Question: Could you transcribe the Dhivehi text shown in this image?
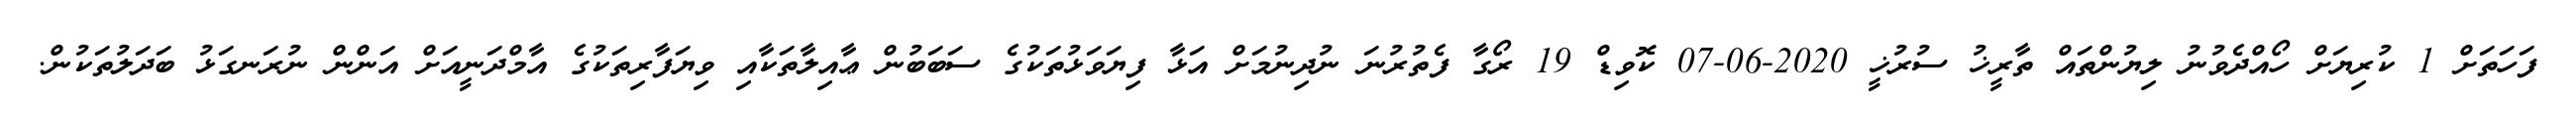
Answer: ފަހަތަށް 1 ކުރިޔަށް ހޯއްދެވުނު ލިޔުންތައް ތާރީޚު ސުރުޚީ 2020-06-07 ކޮވިޑް 19 ރޯގާ ފެތުރުނަ ނުދިނުމަށް އަޅާ ފިޔަވަޅުތަކުގެ ސަބަބުން ޢާއިލާތަކާއި ވިޔަފާރިތަކުގެ އާމްދަނީއަށް އަންން ނުރަނގަޅު ބަދަލުތަކުން.